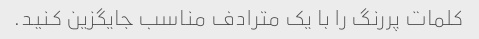
کلمات پررنگ را با یک مترادف مناسب جایگزین کنید.